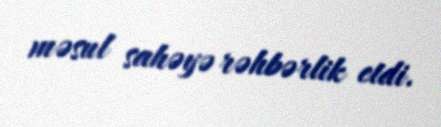
məsul sahəyə rəhbərlik etdi.